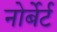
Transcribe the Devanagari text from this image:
नोर्बेर्ट